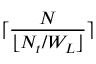
\lceil { \frac { N } { \lfloor { N _ { t } / W _ { L } } \rfloor } } \rceil